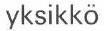
yksikkö